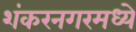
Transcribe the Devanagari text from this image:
शंकरनगरमध्ये